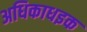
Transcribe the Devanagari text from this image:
अधिकाधइक